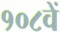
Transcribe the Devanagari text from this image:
१०८वें